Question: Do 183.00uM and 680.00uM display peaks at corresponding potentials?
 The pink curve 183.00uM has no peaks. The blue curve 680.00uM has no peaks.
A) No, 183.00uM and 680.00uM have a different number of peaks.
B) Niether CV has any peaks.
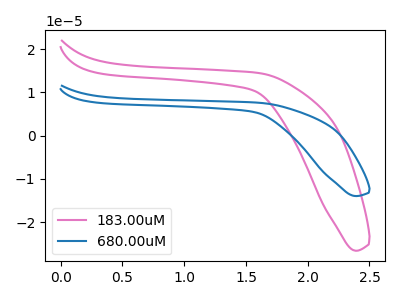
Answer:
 <answer>B) Niether CV has any peaks.</answer>
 <eval>B</eval>